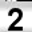
Digit: 2